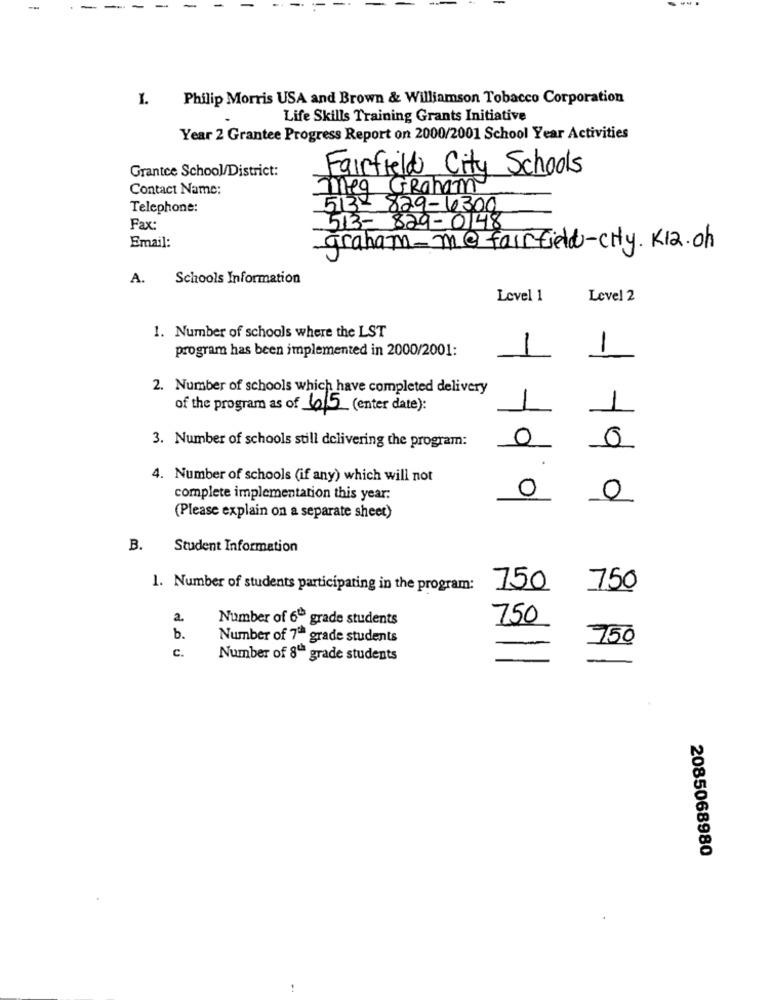
-
1. Philip Morris USA and Brown & Williamson Tobacco Corporation
Life Skills Training Grants Initiative
Year 2 Grantee Progress Report on 2000/2001 School Year Activities
Grantce School/District:
Fairfield City Schools
Contact Name:
7meg Graham
Telephone:
513-829-6300
Fax:
513-829-0148
Email:
graham_m@fairfield-city. K12.oh
A.
Schools Information
Level 1
Level 2
1. Number of schools where the LST
program has been implemented in 2000/2001:
1
1
2. Number of schools which have completed delivery
of the program as of 6/5 (enter date):
0
0
3. Number of schools still delivering the program:
4. Number of schools (if any) which will not
complete implementation this year:
0
-- 0 0
0
-- 0 0
(Please explain on a separate sheet)
B.
Student Information
1. Number of students participating in the program:
750
750
Number of 6" grade students
750
b.
Number of 7th grade students
750
C.
Number of 8º grade students
2085068980
..